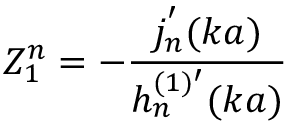
Z _ { 1 } ^ { n } = - \frac { j _ { n } ^ { ' } ( k a ) } { h _ { n } ^ { ( 1 ) ^ { \prime } } ( k a ) }